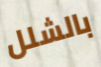
بالشلل